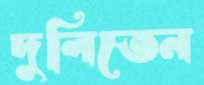
দুলিতেন